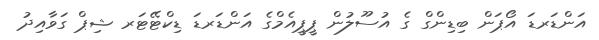
އަންޑަރޑަ އޯޕަން ބިޑިންގް ގެ އުސޫލުން ޕީޕީއެމްގެ އަންޑަރޑަ ޑިކްޓޭޓަރ ޝިޕް ގަވާއިދު